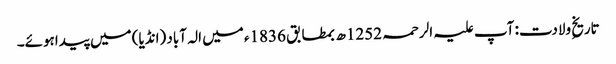
تاریخِ ولادت: آپ علیہ الرحمہ 1252ھ بمطابق 1836ء میں الہ آباد (انڈیا) میں پیداہوئے۔